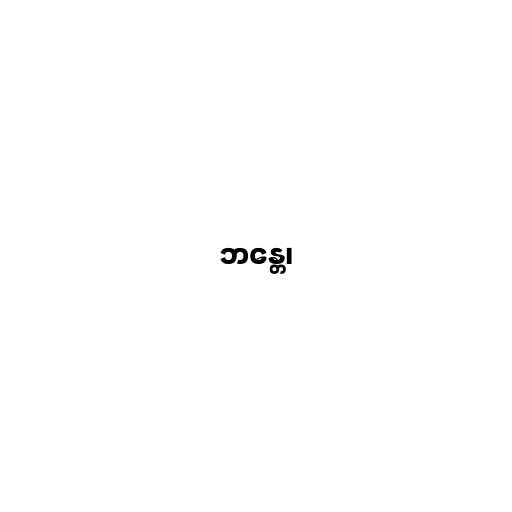
ဘန္တေ၊